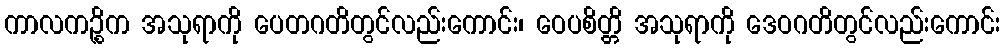
ကာလကဉ္စိက အသုရာကို ပေတဂတိတွင်လည်းကောင်း၊ ဝေပစိတ္တိ အသုရာကို ဒေဝဂတိတွင်လည်းကောင်း